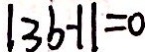
\vert 3 b - 1 \vert = 0